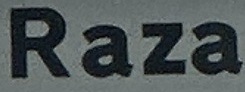
Raza